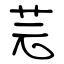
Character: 芫